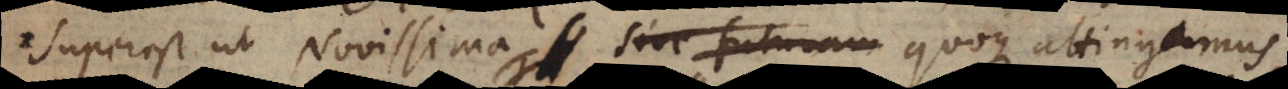
superest ut Novissima sive futuram vitam. Pessima